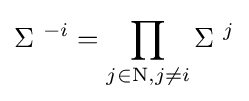
\Sigma \ ^{-i}=\prod _{j\in \mathrm {N} ,j\neq i}\Sigma \ ^{j}